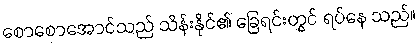
စောစောအောင်သည် သိန်းနိုင်၏ ခြေရင်းတွင် ရပ်နေ သည်။